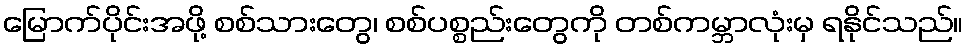
မြောက်ပိုင်းအဖို့ စစ်သားတွေ၊ စစ်ပစ္စည်းတွေကို တစ်ကမ္ဘာလုံးမှ ရနိုင်သည်။